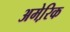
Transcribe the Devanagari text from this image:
अमेरि़क